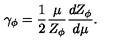
\gamma _ { \phi } = \frac { 1 } { 2 } \frac { \mu } { Z _ { \phi } } \frac { d Z _ { \phi } } { d \mu } .